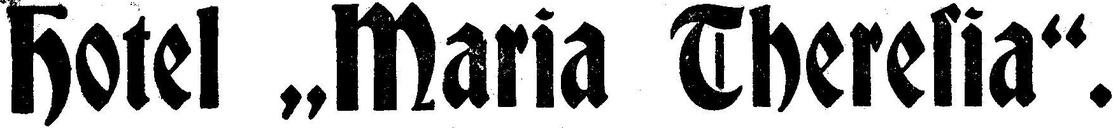
Hotel „Maria Theresia“.